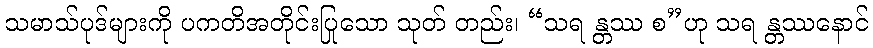
သမာသ်ပုဒ်များကို ပကတိအတိုင်းပြုသော သုတ် တည်း၊ “သရ န္တဿ စ”ဟု သရ န္တဿနောင်